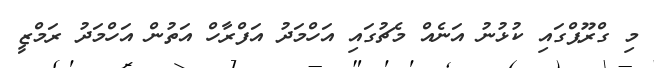
މި ގްރޫޕްގައި ކުޅުނު އަނެއް މެޗުގައި އަހްމަދު އަފްރާހް އަތުން އަހްމަދު ރަމްޒީ